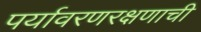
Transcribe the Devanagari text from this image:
पर्यावरणरक्षणाची